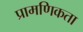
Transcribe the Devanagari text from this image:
प्रामणिकता